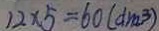
1 2 \times 5 = 6 0 ( d m ^ { 3 } )